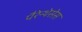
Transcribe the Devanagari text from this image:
पैरेन्थेसेस